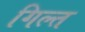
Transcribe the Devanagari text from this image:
गिल्त